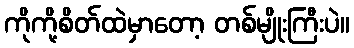
ကိုကို့စိတ်ထဲမှာတော့ တစ်မျိုးကြီးပဲ။